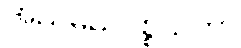
အညမညပစ္စယတာ